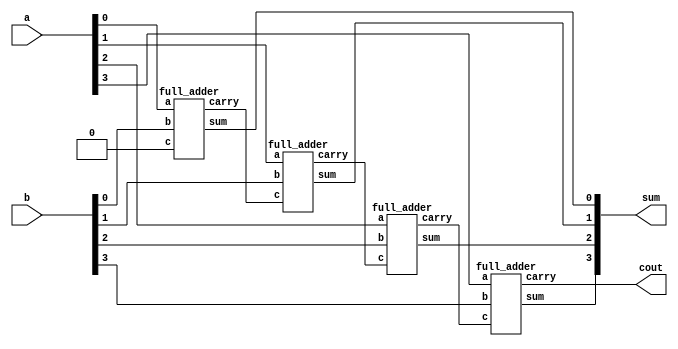
module ripple_adder(sum,cout,a,b);
input [3:0] a,b;
output [3:0] sum;
output cout;
wire w1,w2,w3;
full_adder u1(sum[0],w1,a[0],b[0],1'b0);
full_adder u2(sum[1],w2,a[1],b[1],w1);
full_adder u3(sum[2],w3,a[2],b[2],w2);
full_adder u4(sum[3],cout,a[3],b[3],w3);
endmodule


module full_adder(sum,carry,a,b,c);
output wire sum,carry;
input wire a,b,c;
assign sum=a^b^c;
assign carry=(a&b)|(b&c)|(c&a);
endmodule

//testbench
module ripple_adder_tb;
reg [3:0] a,b;
wire[3:0]sum;
wire cout;
ripple_adder DUT (.sum(sum), .cout(cout), .a(a), .b(b));
initial
begin
$monitor($time, "a=%b b=%b sum=%b carry=%b", a,b,sum,cout);

a=4'b0000; b=4'b0000;
#10 
a=4'b0001; b=4'b0110;
#10 
a=4'b1000; b=4'b1001;
#10 
a=4'b1111; b=4'b1111;
#10;

end
endmodule